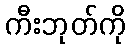
ကီးဘုတ်ကို